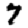
Digit: 7